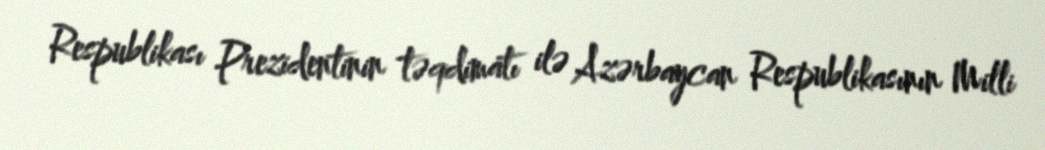
Respublikası Prezidentinin təqdimatı ilə Azərbaycan Respublikasının Milli